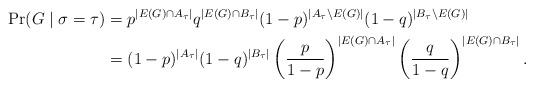
LaTeX: \begin{align*} \Pr(G \mid \sigma = \tau) &= p^{|E(G) \cap A_\tau|} q^{|E(G) \cap B_\tau|} (1-p)^{|A_\tau \setminus E(G)|} (1-q)^{|B_\tau \setminus E(G)|} \\ &= (1-p)^{|A_\tau|} (1-q)^{|B_\tau|} \left(\frac{p}{1-p}\right)^{|E(G) \cap A_\tau|} \left(\frac{q}{1-q}\right)^{|E(G) \cap B_\tau|}. \end{align*}